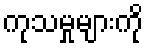
ကုသမှုများကို